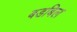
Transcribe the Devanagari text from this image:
बडबिल